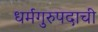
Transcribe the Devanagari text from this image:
धर्मगुरुपदाची